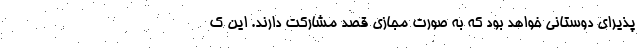
پذیرای دوستانی خواهد بود که به صورت مجازی قصد مشارکت دارند. این ک